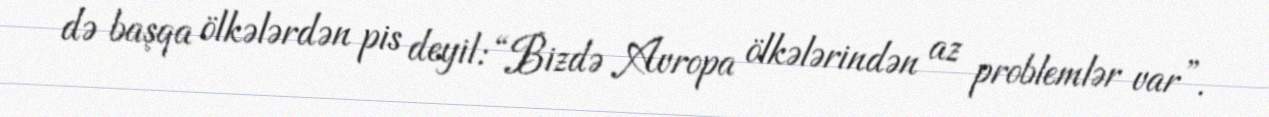
də başqa ölkələrdən pis deyil: “Bizdə Avropa ölkələrindən az problemlər var”.